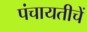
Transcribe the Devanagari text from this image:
पंचायतीचें